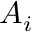
A _ { i }